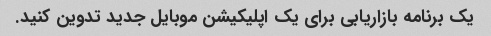
یک برنامه بازاریابی برای یک اپلیکیشن موبایل جدید تدوین کنید.